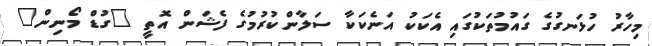
މިހާރު ހުޅަނގުގެ ގައުމުތަކުގައި އެކަކު އަނެކަކާ ސަލާންކުރުމުގެ ފެޝަން އޮތީ "ގުޑް މޯނިން"